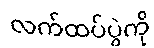
လက်ထပ်ပွဲကို